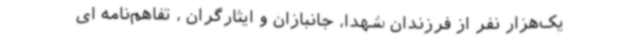
یک‌هزار نفر از فرزندان شهدا،‌ جانبازان و ایثارگران ، تفاهم‌نامه ای